Scientific memoirs by medical officers of the Army of India - Part XI,
Year: 1898
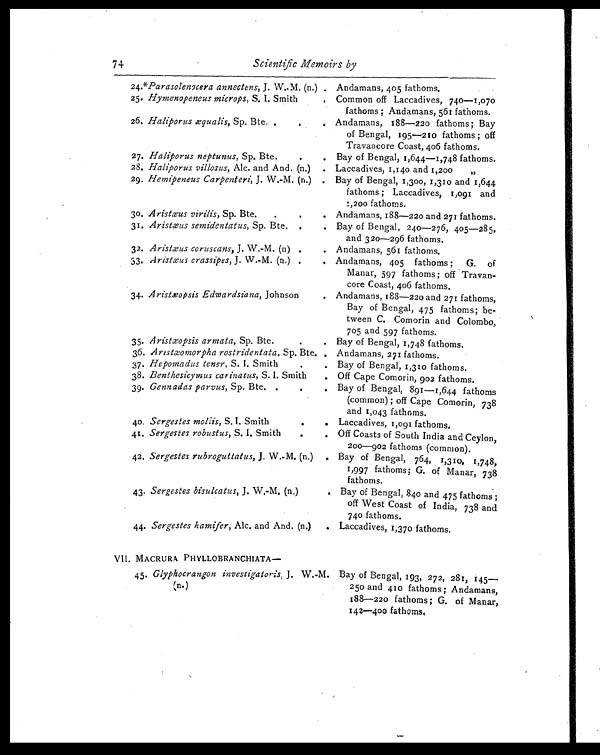
74
Scientific Memoirs by
2 4 . *Parasolenocera annectens, J. W. M. (n.) . Andamans, 405 fathoms.
25. Hymenopeneus microps,S . I . S m i t h
. Common off Laccadives, 740—1,070
fathoms ; Andamans, 561 fathoms.
26. Haliporus æqualis, Sp. Bte, .
.
, Andamans, 188—220 fathoms ; Bay
of Bengal, 195—210 fathoms ; off
Travancore Coast, 406 fathoms.
27. Haliporus neptunus, Sp. Bte.
.
. Bay of Bengal, 1,644—1,748 fathoms.
28. Haliporus villosus, Alc. and And. (n.) . Laccadives, 1,140 and 1,200
„
29. Hemipeneus Carpenteri, J. W.-M. (n.) . Bay of Bengal, 1,300, 1,310 and 1,644
fathoms ; Laccadives, 1,091 and
1,200 fathoms.
30. A ristæus virilis, Sp. Bte.
.
.
. Andamans, 188—220 and 271 fathoms.
31. Aristæus semidentatus, Sp. Bte. .
. Bay of Bengal, 240—276, 405—285,
and 320—296 fathoms.
32. Aristæus coruscans, J. W.-M. (n) .
. Andamans, 561 fathoms.
33. Aristæus crassipes, J. W.-M. (n.) .
. Andamans, 405 fathoms ;
G. of
Manar, 597 fathoms ; off Travan-
core Coast, 406 fathoms.
34. Aristæopsis Edwardsiana, Johnson
. Andamans, 188—220 and 271 fathoms,
Bay of Bengal, 475 fathoms; be-
tween C. Comorin and Colombo,
705 and 597 fathoms.
35. Aristæopsis armata, Sp. Bte.
.
.
Bay of Bengal, 1,748 fathoms.
36. Aristæomorpha rostridentata, Sp. Bte. . Andamans, 271 fathoms.
37. Hepomadus tener, S. I. Smith
.
.
Bay of Bengal, 1,310 fathoms.
Benthesicymus carinatus, S. I. Smith
. Off Cape Comorin, 902 fathoms.
38.
. Bay of Bengal, 891-1,644 fathoms
(common) ; off Cape Comorin, 738
and 1,043 fathoms.
39. Gennadas parvus, Sp. Bte. .
•
40. Sergestes mollis, S. I. Smith .
. Laccadives, 1,091 fathoms.
Off Coasts of South India and Ceylon,
200-902 fathoms (common).
4 1 Sergestes robustus,S . I . S m i t h . .
42. Sergestes rubroguttatus , J. W.-M. (n.) Bay of Bengal, 764, 1,310, 1,748,
1,997 fathoms; G. of Manar, 738
fathoms.
43. Sergestes bisulcatus, J. W.-M. (n.)
.
Bay of Bengal, 840 and 475 fathoms ;
off West Coast of India, 738 and
740 fathoms.
44. Sergestes hamifer, Alc. and And. (n.) .
Laccadives, 1,370 fathoms.
VII. MACRURA PHYLLOBRANCHIATA
—
45. Glyphocrangon investigatoris, J. W.-M.
(n.)
Bay of Bengal, 193, 272, 281, 145
—
250 and 410 fathoms ; Andamans,
188—220 fathoms ; G. of Manar,
1 4 2 — 4 0 0 f a t h o m s .